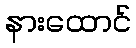
နားထောင်